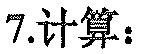
7.计算：